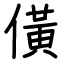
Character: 僙